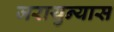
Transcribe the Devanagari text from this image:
जरायुन्यास